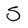
Character: S